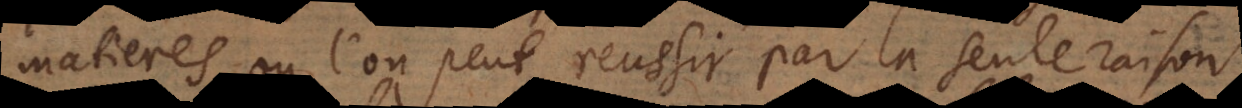
matieres, où l’on peut reussir par la seule raison